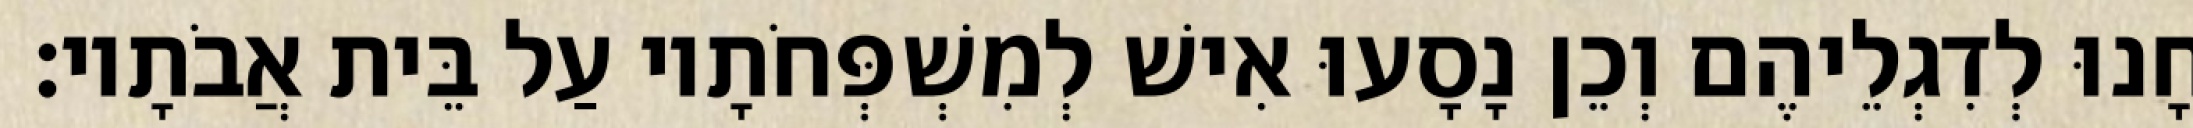
חָנוּ לְדִגְלֵיהֶם וְכֵן נָסָעוּ אִישׁ לְמִשְׁפְּחֹתָיו עַל בֵּית אֲבֹתָיו׃